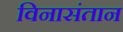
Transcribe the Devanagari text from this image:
विनासंतान